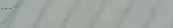
BEST PRICES